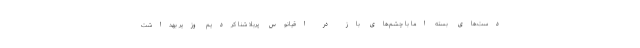
دست‌های بسته اما با چشم‌های باز در اقیانوس پربلا شنا کردیم وزیر بهداشت